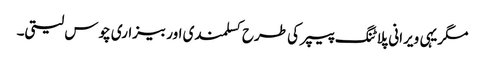
مگریہی ویرانی پلاٹنگ پیپر کی طرح کسلمندی اور بیزاری چوس لیتی۔